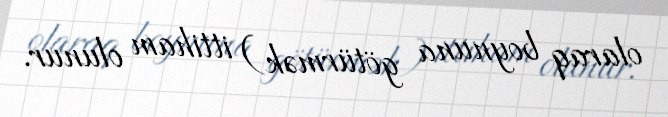
olaraq boynuna götürmək) ittiham olunur.